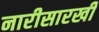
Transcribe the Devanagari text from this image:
नारीसारखी